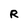
Character: R